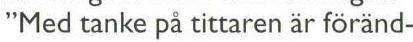
"Med tanke på tittaren är föränd-